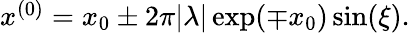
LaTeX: \begin{array}{r}{x^{(0)}=x_{0}\pm 2\pi|\lambda|\exp(\mp x_{0})\sin(\xi).}\end{array}